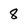
Character: 8